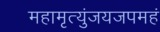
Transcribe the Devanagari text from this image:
महामृत्युंजयजपमहं